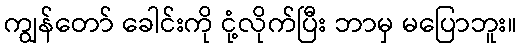
ကျွန်တော် ခေါင်းကို ငုံ့လိုက်ပြီး ဘာမှ မပြောဘူး။